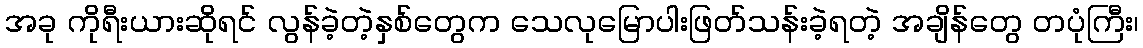
အခု ကိုရီးယားဆိုရင် လွန်ခဲ့တဲ့နှစ်တွေက သေလုမြောပါးဖြတ်သန်းခဲ့ရတဲ့ အချိန်တွေ တပုံကြီး၊